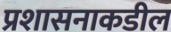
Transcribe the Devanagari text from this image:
प्रशासनाकडील